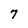
Character: 7